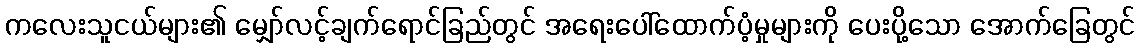
ကလေးသူငယ်များ၏ မျှော်လင့်ချက်ရောင်ခြည်တွင် အရေးပေါ်ထောက်ပံ့မှုများကို ပေးပို့သော အောက်ခြေတွင်